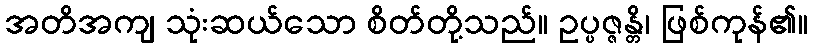
အတိအကျ သုံးဆယ်သော စိတ်တို့သည်။ ဥပ္ပဇ္ဇန္တိ၊ ဖြစ်ကုန်၏။